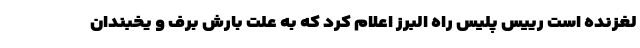
لغزنده است رییس پلیس راه البرز اعلام کرد که به علت بارش برف و یخبندان